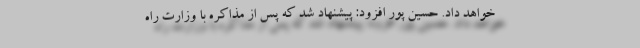
خواهد داد. حسین پور افزود: پیشنهاد شد که پس از مذاکره با وزارت راه